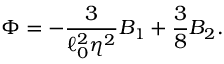
\Phi = - { \frac { 3 } { \ell _ { 0 } ^ { 2 } \eta ^ { 2 } } } B _ { 1 } + { \frac { 3 } { 8 } } B _ { 2 } .